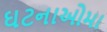
ઘટનાઓમા